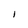
Character: l